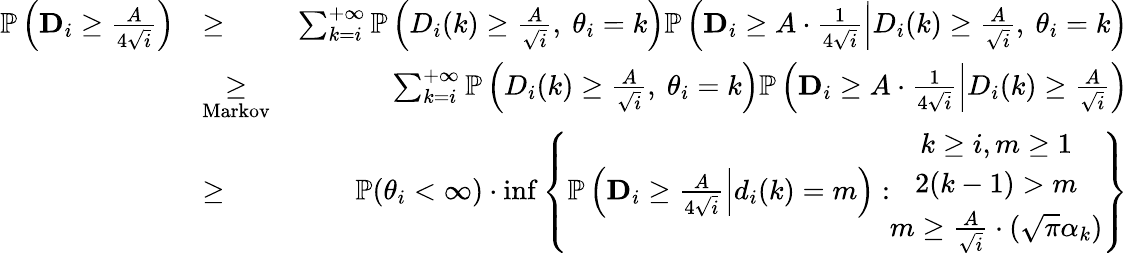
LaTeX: \begin{array}{rlr}{\mathbb{P}\left(\mathbf{D}_{i}\geq\frac{A}{4\sqrt{i}}\right)}&{\geq}&{\sum_{k=i}^{+\infty}\mathbb{P}\left({D}_{i}(k)\geq\frac{A}{\sqrt{i}},\ \theta_{i}=k\right)\mathbb{P}\left.\left(\mathbf{D}_{i}\geq A\cdot\frac{1}{4\sqrt{i}}\right|{D}_{i}(k)\geq\frac{A}{\sqrt{i}},\ \theta_{i}=k\right)}\\ &{\underset{\mathrm{Markov}}{\geq}}&{\sum_{k=i}^{+\infty}\mathbb{P}\left({D}_{i}(k)\geq\frac{A}{\sqrt{i}},\ \theta_{i}=k\right)\mathbb{P}\left.\left(\mathbf{D}_{i}\geq A\cdot\frac{1}{4\sqrt{i}}\right|{D}_{i}(k)\geq\frac{A}{\sqrt{i}}\right)}\\ &{\geq}&{\mathbb{P}(\theta_{i}<\infty)\cdot\operatorname*{inf}\left\{ \mathbb{P}\left.\left(\mathbf{D}_{i}\geq\frac{A}{4\sqrt{i}}\right|d_{i}(k)=m\right):\begin{array}{c}{k\geq i,m\geq 1}\\ {2(k-1)>m}\\ {m\geq\frac{A}{\sqrt{i}}\cdot(\sqrt{\pi}\alpha_{k})}\end{array}\right\} }\end{array}